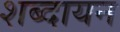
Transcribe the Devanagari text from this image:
शब्दायन